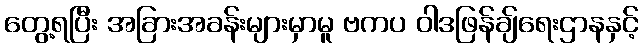
တွေ့ရပြီး အခြားအခန်းများမှာမူ ဗကပ ဝါဒဖြန်ချ်ရေးဌာနနှင့်